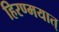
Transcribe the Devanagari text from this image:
हिरण्मयात्